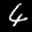
Label: 4